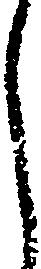
く